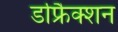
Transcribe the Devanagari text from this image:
डफ्रैिक्शन